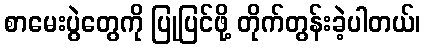
စာမေးပွဲတွေကို ပြုပြင်ဖို့ တိုက်တွန်းခဲ့ပါတယ်၊